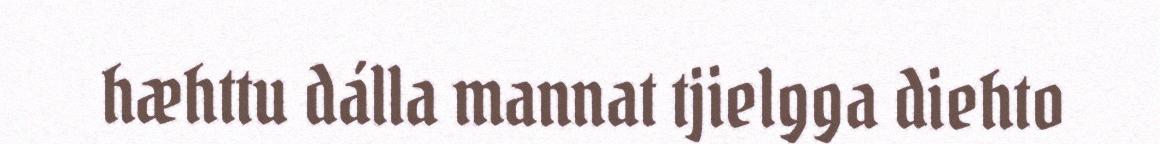
hæhttu dálla mannat tjielgga diehto